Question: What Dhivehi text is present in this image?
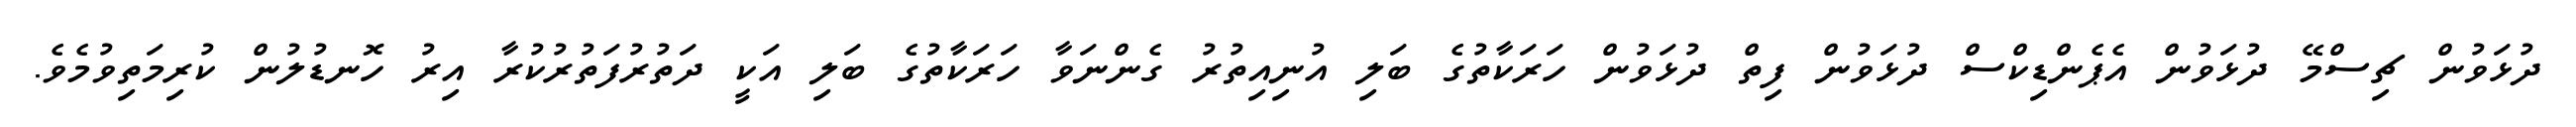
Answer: ދުޅަވުން ޗިސްމޭ ދުޅަވުން އެޕެންޑިކްސް ދުޅަވުން ފިތް ދުޅަވުން ހަރަކާތުގެ ބަލި އުނިއިތުރު ގެންނަވާ ހަރަކާތުގެ ބަލި އަކީ ދަތުރުފަތުރުކުރާ އިރު ހޮނޑުލުން ކުރިމަތިވުމެވެ.